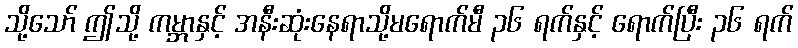
သို့သော် ဤသို့ ကမ္ဘာနှင့် အနီးဆုံးနေရာသို့မရောက်မီ ၃၆ ရက်နှင့် ရောက်ပြီး ၃၆ ရက်